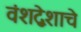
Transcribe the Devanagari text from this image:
वंशद्वेशाचे